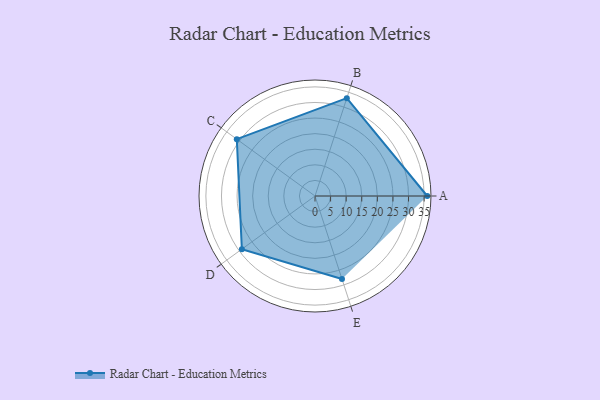
{"axis": {"x": "Skill", "y": "Score"}, "legend": ["Profile"], "data": [{"x": "A", "y": 36.0, "type": "Profile"}, {"x": "B", "y": 33.0, "type": "Profile"}, {"x": "C", "y": 31.0, "type": "Profile"}, {"x": "D", "y": 29.0, "type": "Profile"}, {"x": "E", "y": 28.0, "type": "Profile"}]}